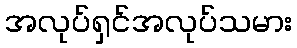
အလုပ်ရှင်အလုပ်သမား